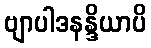
ဗျာပါဒနန္ဒိယာပိ